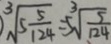
\sqrt [ 3 ] { 5 \frac { 5 } { 1 2 4 } } = 5 \sqrt [ 3 ] { \frac { 5 } { 1 2 4 } }